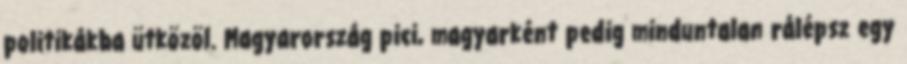
politikákba ütközöl. Magyarország pici, magyarként pedig minduntalan rálépsz egy